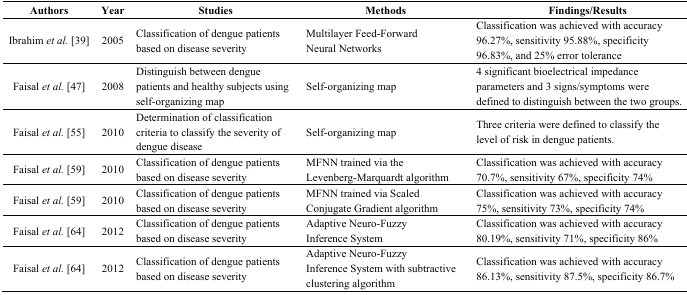
| Authors | Year | Studies | Methods | Findings/Results |
 | --- | --- | --- | --- | --- |
 | Ibrahim et al. [39] | 2005 | Classification of dengue patients based on disease severity | Multilayer Feed-Forward Neural Networks | Classification was achieved with accuracy 96.27%, sensitivity 95.88%, specificity 96.83%, and 25% error tolerance |
 | Faisal et al. [47] | 2008 | Distinguish between dengue patients and healthy subjects using self-organizing map | Self-organizing map | 4 significant bioelectrical impedance parameters and 3 signs/symptoms were defined to distinguish between the two groups. |
 | Faisal et al. [55] | 2010 | Determination of classification criteria to classify the severity of dengue disease | Self-organizing map | Three criteria were defined to classify the level of risk in dengue patients. |
 | Faisal et al. [59] | 2010 | Classification of dengue patients based on disease severity | MFNN trained via the Levenberg-Marquardt algorithm | Classification was achieved with accuracy 70.7%, sensitivity 67%, specificity 74% |
 | Faisal et al. [59] | 2010 | Classification of dengue patients based on disease severity | MFNN trained via Scaled Conjugate Gradient algorithm | Classification was achieved with accuracy 75%, sensitivity 73%, specificity 74% |
 | Faisal et al. [64] | 2012 | Classification of dengue patients based on disease severity | Adaptive Neuro-Fuzzy Inference System | Classification was achieved with accuracy 80.19%, sensitivity 71%, specificity 86% |
 | Faisal et al. [64] | 2012 | Classification of dengue patients based on disease severity | Adaptive Neuro-Fuzzy Inference System with subtractive clustering algorithm | Classification was achieved with accuracy 86.13%, sensitivity 87.5%, specificity 86.7% |